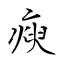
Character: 瘐